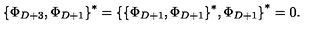
{ \{ \Phi _ { D + 3 } , \Phi _ { D + 1 } \} } ^ { * } = { \{ { \{ \Phi _ { D + 1 } , \Phi _ { D + 1 } \} } ^ { * } , \Phi _ { D + 1 } \} } ^ { * } = 0 .